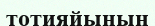
тотияйының